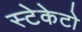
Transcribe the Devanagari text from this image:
स्टेकेटो